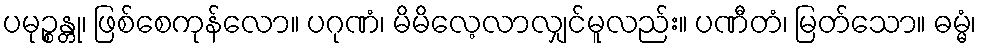
ပမုဉ္စန္တု၊ ဖြစ်စေကုန်လော။ ပဂုဏံ၊ မိမိလေ့လာလျှင်မူလည်း။ ပဏီတံ၊ မြတ်သော။ ဓမ္မံ၊